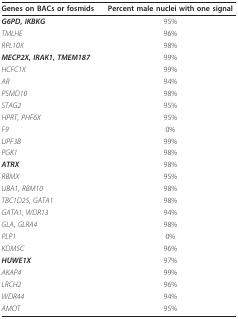
<table><thead><tr><td><b>Genes on BACs or fosmids</b></td><td><b>Percent male nuclei with one signal</b></td></tr></thead><tbody><tr><td><b><i>G6PD</i>, <i>IKBKG</i></b></td><td>95%</td></tr><tr><td><i>TMLHE</i></td><td>96%</td></tr><tr><td><i>RPL10X</i></td><td>98%</td></tr><tr><td><b><i>MECP2X</i>, <i>IRAK1</i>, <i>TMEM187</i></b></td><td>99%</td></tr><tr><td><i>HCFC1X</i></td><td>99%</td></tr><tr><td><i>AR</i></td><td>94%</td></tr><tr><td><i>PSMD10</i></td><td>98%</td></tr><tr><td><i>STAG2</i></td><td>95%</td></tr><tr><td><i>HPRT</i>, <i>PHF6X</i></td><td>95%</td></tr><tr><td><i>F9</i></td><td>0%</td></tr><tr><td><i>UPF3B</i></td><td>99%</td></tr><tr><td><i>PGK1</i></td><td>98%</td></tr><tr><td><i><b>ATRX</b></i></td><td>98%</td></tr><tr><td><i>RBMX</i></td><td>95%</td></tr><tr><td><i>UBA1</i>, <i>RBM10</i></td><td>98%</td></tr><tr><td><i>TBC1D25</i>, <i>GATA1</i></td><td>98%</td></tr><tr><td><i>GATA1</i>, <i>WDR13</i></td><td>94%</td></tr><tr><td><i>GLA</i>, <i>GLRA4</i></td><td>98%</td></tr><tr><td><i>PLP1</i></td><td>0%</td></tr><tr><td><i>KDM5C</i></td><td>96%</td></tr><tr><td><i><b>HUWE1X</b></i></td><td>97%</td></tr><tr><td><i>AKAP4</i></td><td>99%</td></tr><tr><td><i>LRCH2</i></td><td>96%</td></tr><tr><td><i>WDR44</i></td><td>94%</td></tr><tr><td><i>AMOT</i></td><td>95%</td></tr></tbody></table>